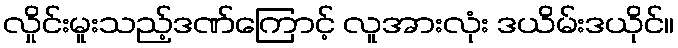
လှိုင်းမူးသည့်ဒဏ်ကြောင့် လူအားလုံး ဒယိမ်းဒယိုင်။